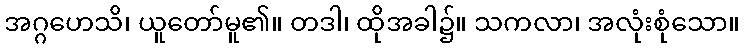
အဂ္ဂဟေသိ၊ ယူတော်မူ၏။ တဒါ၊ ထိုအခါ၌။ သကလာ၊ အလုံးစုံသော။